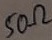
Text: 50Ω